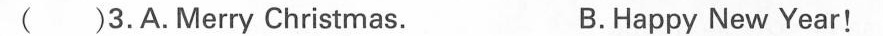
( )3.Merry Christmas. B.Happy New Year!